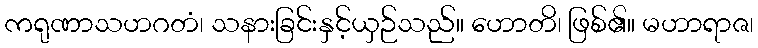
ကရုဏာသဟဂတံ၊ သနားခြင်းနှင့်ယှဉ်သည်။ ဟောတိ၊ ဖြစ်၏။ မဟာရာဇ၊